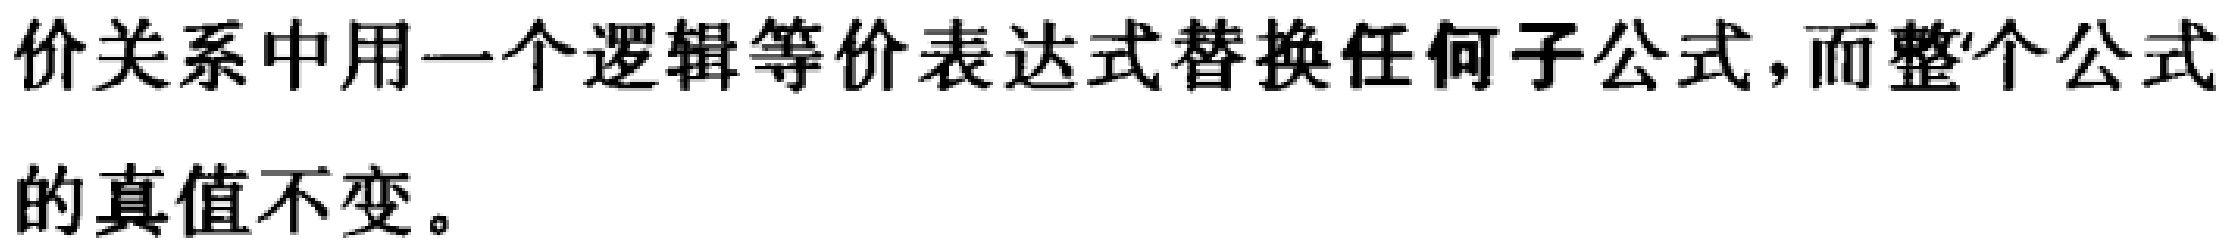
价关系中用一个逻辑等价表达式替换任何子公式,而整个公式的真值不变。